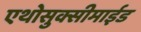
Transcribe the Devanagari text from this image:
एथोसुक्सीमाईड